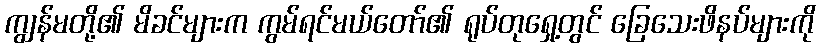
ကျွန်မတို့၏ မိခင်များက ကွမ်ရင်မယ်တော်၏ ရုပ်တုရှေ့တွင် ခြေသေးဖိနပ်များကို